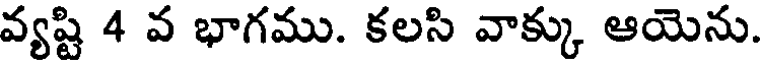
వ్యష్టి 4 వ భాగము. కలసి వాక్కు ఆయెను.